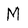
Character: M